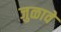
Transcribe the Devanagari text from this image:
जुळावे